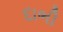
દાભી